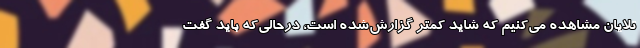
تلایان مشاهده می‌کنیم که شاید کمتر گزارش‌شده است، درحالی‌که باید گفت